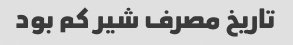
تاریخ مصرف شیر کم بود